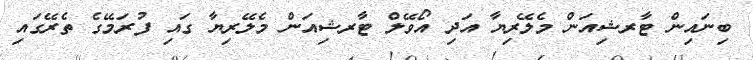
ބިނައިން ޓާރޝިއަން މެލޭރިޔާ އަދި އޯވޭލް ޓާރޝިއަން މެލޭރިޔާ ގައި ފުރަމޭގެ ތެރޭގައި